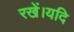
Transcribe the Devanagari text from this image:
रखें।यदि